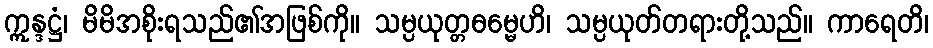
ဣန္ဒဋ္ဌံ၊ မိမိအစိုးရသည်၏အဖြစ်ကို။ သမ္ပယုတ္တဓမ္မေဟိ၊ သမ္ပယုတ်တရားတို့သည်။ ကာရေတိ၊